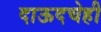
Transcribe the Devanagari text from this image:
दाऊदचेही